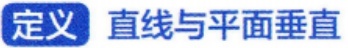
定义 直线与平面垂直